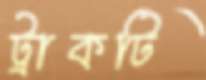
ট্রাকটি